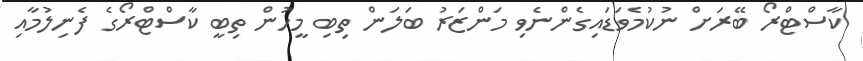
ކާސްޓްރޯ ބޭރަށް ނުކުމެވަޑައިގެންނެވި މަންޒަރު ބަލަން ތިބި މީހުން ތިބީ ކާސްޓްރޯގެ ފެނިލުމާއި